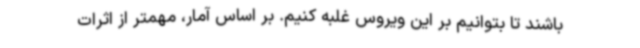
باشند تا بتوانیم بر این ویروس غلبه کنیم. بر اساس آمار، مهمتر از اثرات